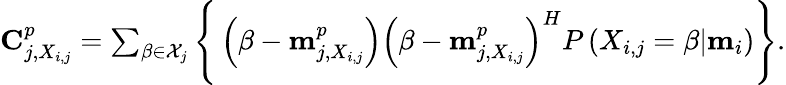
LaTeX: \begin{array}{r}{\mathbf{C}_{j,X_{i,j}}^{p}=\sum_{\beta\in\mathcal{X}_{j}}\Bigg\{ \left(\beta-\mathbf{m}_{j,X_{i,j}}^{p}\right)\left(\beta-\mathbf{m}_{j,X_{i,j}}^{p}\right)^{H}P\left(X_{i,j}=\beta|\mathbf{m}_{i}\right)\Bigg\} .}\end{array}